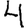
Digit: 4